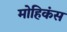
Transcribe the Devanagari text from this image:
मोहिकंस